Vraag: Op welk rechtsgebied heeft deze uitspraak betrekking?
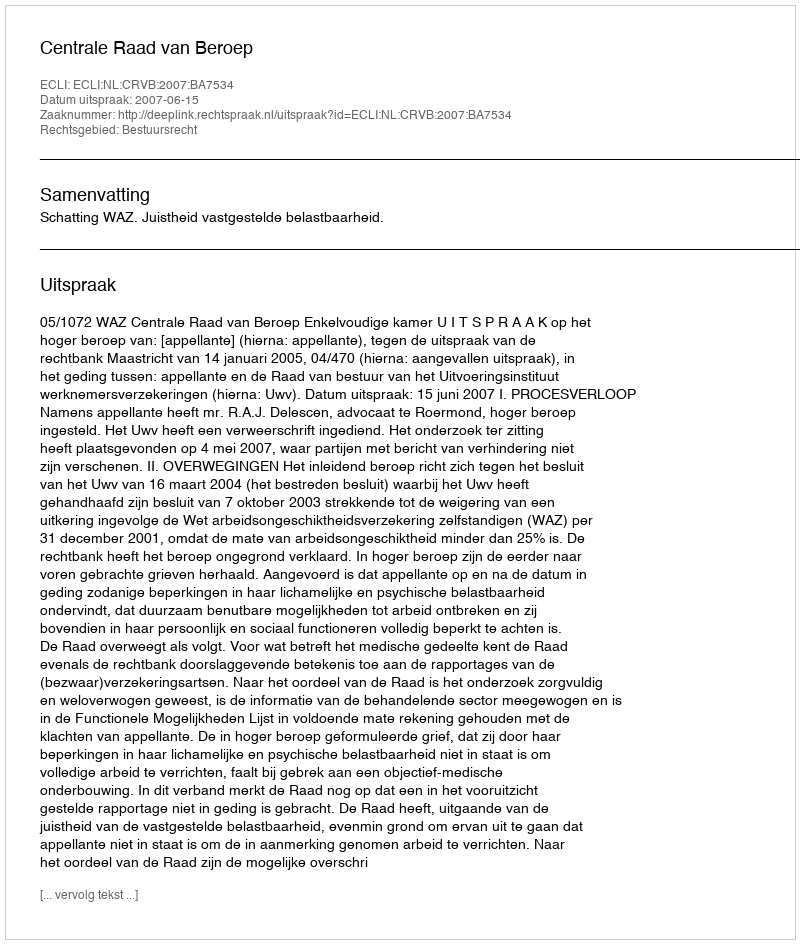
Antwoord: Bestuursrecht